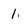
Character: 1